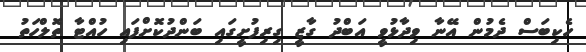
ހެކިބަސް ދެމުން އޭނާ ވިދާޅުވީ އަބްދު ގާޒީ ގިރިފުށީގައި ބަންދުކޮށްފައި ހުއްޓާ ތޮލްހަތު